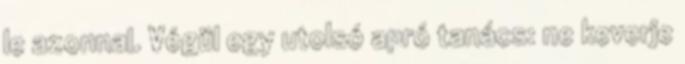
le azonnal. Végül egy utolsó apró tanács: ne keverje